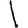
Digit: 1